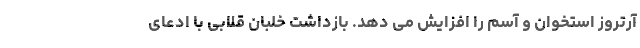
آرتروز استخوان و آسم را افزایش می‌ دهد. بازداشت خلبان قلابی با ادعای